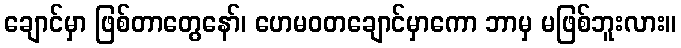
ချောင်မှာ ဖြစ်တာတွေနော်၊ ဟေမဝတချောင်မှာကော ဘာမှ မဖြစ်ဘူးလား။